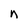
Character: n